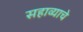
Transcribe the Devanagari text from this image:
सहाव्याचे